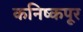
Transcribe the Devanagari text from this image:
कनिष्कपूर